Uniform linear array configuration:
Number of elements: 32
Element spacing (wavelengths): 0.5
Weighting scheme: exponential
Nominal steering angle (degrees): -60
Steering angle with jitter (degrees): -58.84
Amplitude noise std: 0.05
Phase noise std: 0.05

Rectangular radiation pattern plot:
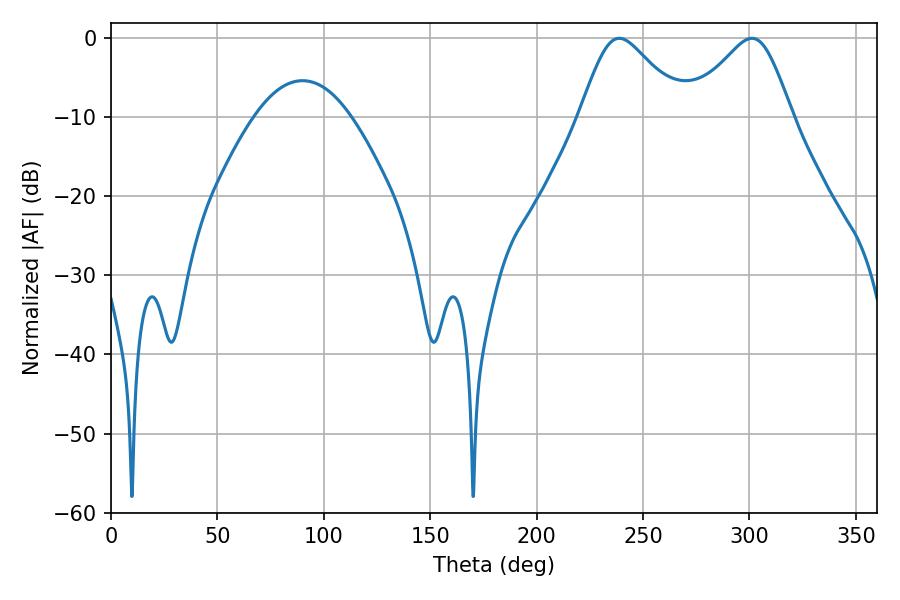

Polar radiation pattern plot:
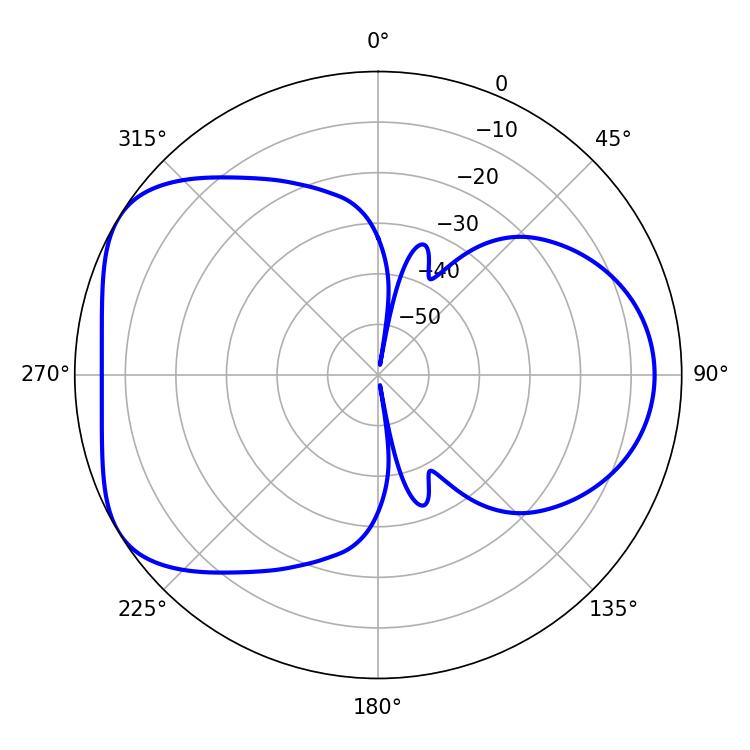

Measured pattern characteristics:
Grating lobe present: FALSE
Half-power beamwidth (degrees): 24.12
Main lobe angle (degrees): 238.86